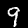
Label: 9